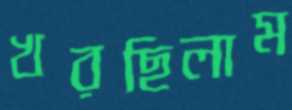
খরছিলাম